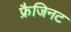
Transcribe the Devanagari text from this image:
फ्रैजिनट